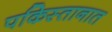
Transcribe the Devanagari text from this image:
पकिस्तानात